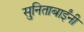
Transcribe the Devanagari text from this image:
सुनिताबाईंनी